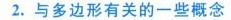
2.与多边形有关的一些概念